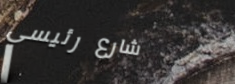
شارع رئيسي